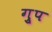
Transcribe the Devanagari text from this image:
गु्प